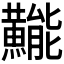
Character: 𱬯